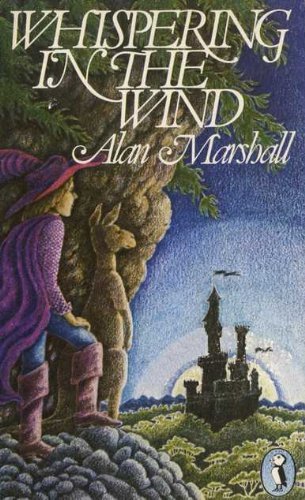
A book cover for Whispering in the Wind (Puffin Books); Alan Marshall; Children's Books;